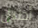
أطيل